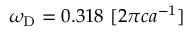
\omega _ { \mathrm { D } } = 0 . 3 1 8 \ [ 2 \pi c a ^ { - 1 } ]